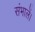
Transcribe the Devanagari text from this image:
संभालें।